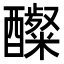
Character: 𮡋